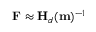
\mathbf { F } \approx \mathbf { H } _ { d } ( \mathbf { m } ) ^ { - 1 }